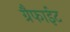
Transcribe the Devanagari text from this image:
ग्रैफाईट